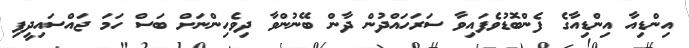
އިންޑިއާ އިންޑިއާގެ ފެންބޮޑުވެފައިވާ ސަރަހައްދުން ދާން ބޭނުންވާ ދިވެހިންނަށް ބަސް ހަމަ ޖައްސައިދީފި